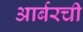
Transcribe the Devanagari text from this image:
आर्बरची